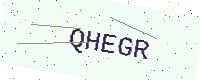
Text: QHEGR